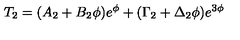
T _ { 2 } = ( A _ { 2 } + B _ { 2 } \phi ) e ^ { \phi } + ( \Gamma _ { 2 } + \Delta _ { 2 } \phi ) e ^ { 3 \phi }